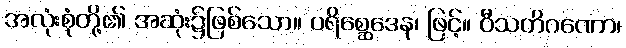
အလုံးစုံတို့၏ အဆုံး၌ဖြစ်သော။ ပရိစ္ဆေဒေန၊ ဖြင့်။ ဝီသတိဂဏော၊